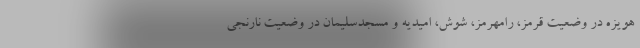
هویزه در وضعیت قرمز، رامهرمز، شوش، امیدیه و مسجدسلیمان در وضعیت نارنجی